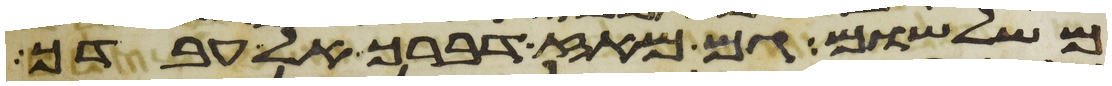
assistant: משלשום גם מאז דברך אל עבדך